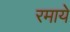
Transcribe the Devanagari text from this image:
रमाये